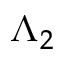
\Lambda _ { 2 }